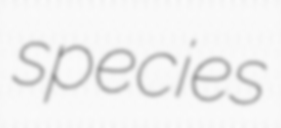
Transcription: species